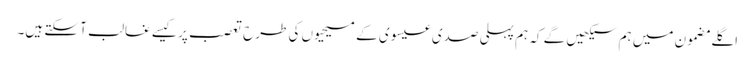
‏ اگلے مضمون میں ہم سیکھیں گے کہ ہم پہلی صدی عیسوی کے مسیحیوں کی طرح تعصب پر کیسے غالب آ سکتے ہیں۔